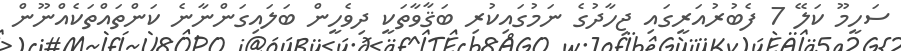
ސަހީމޫ ކަލޭ 7 ފެބުރުއަރީގައި ޖިހާދުގެ ނަމުގައިކުރި ބަޤާވާތަކީ ދިވެހީން ބަލައިގަންނާނެ ކަންތައްތަކެއްނޫން